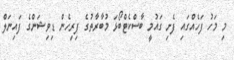
މި މަހު ފަހެއްގައި ފެށި ގައުމީ ބާސްކެޓްބޯޅަ މުބާރާތުގެ ފިރިހެން ޑިވިޝަންގެ ފައިނަލް